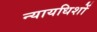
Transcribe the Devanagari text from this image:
न्यायधिशों